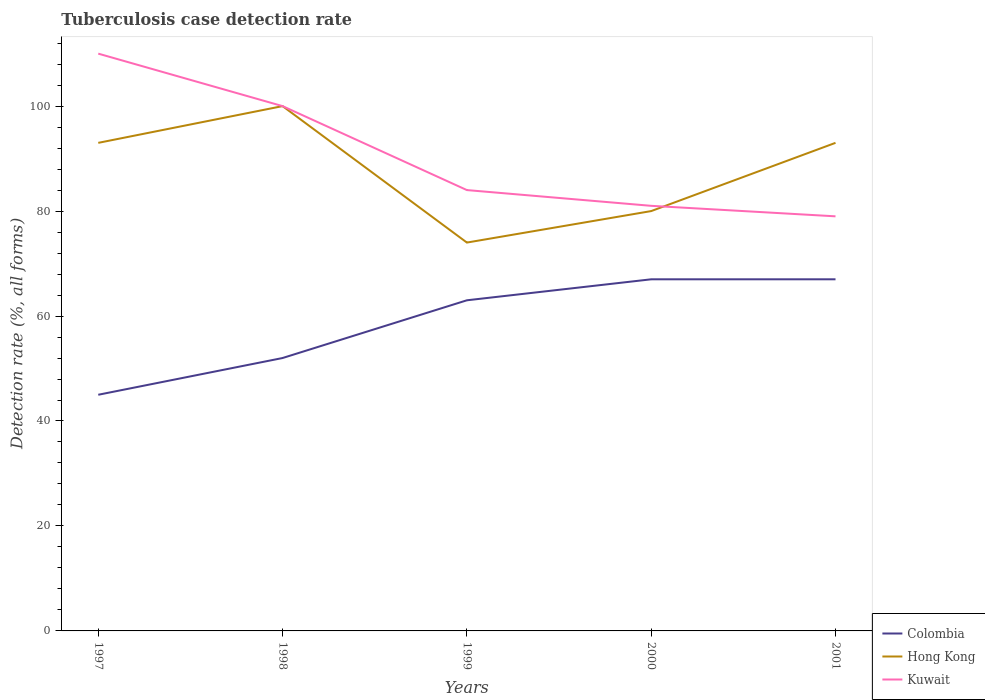
| Years | Colombia | Hong Kong | Kuwait |
 | --- | --- | --- | --- |
 | 1997 | 45 | 93 | 110 |
 | 1998 | 52 | 100 | 100 |
 | 1999 | 63 | 74 | 84 |
 | 2000 | 67 | 80 | 81 |
 | 2001 | 67 | 93 | 79 |